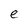
Character: e